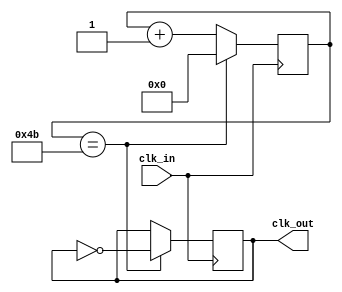
`timescale 1ns / 1ps
//////////////////////////////////////////////////////////////////////////////////
// Company: 
// Engineer: 
// 
// Design Name: 
// Module Name:    divBulletClk 
// Project Name: 
// Target Devices: 
// Tool versions: 
// Description: 
//
// Dependencies: 
//
// Revision: 
// Revision 0.01 - File Created
// Additional Comments: 
//
//////////////////////////////////////////////////////////////////////////////////
module divBulletClk(clk_in,
						clk_out
    );
	input clk_in;
	output reg clk_out;
	
	reg [31:0]counter; 
	 
	initial begin 
		counter <= 0;
		clk_out <= 0;
	end

	always @(posedge clk_in) begin 
		if(counter == 75)begin 
			counter <= 0;
			clk_out <= ~clk_out;
		end
		else begin 
			counter <= counter + 1'b1;
		end
	end

endmodule